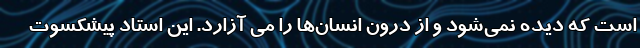
است که دیده نمی‌شود و از درون انسان‌ها را می آزارد. این استاد پیشکسوت